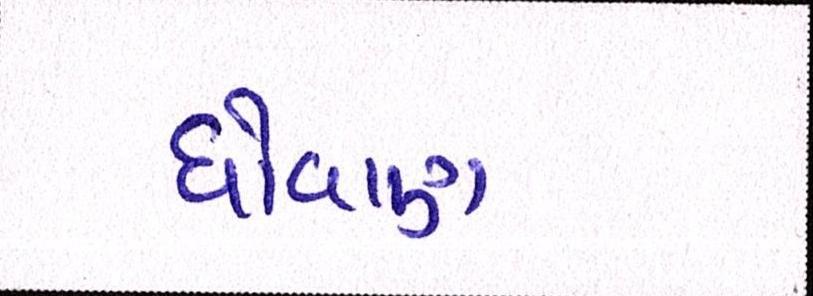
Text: ધોવાણ